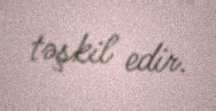
təşkil edir.